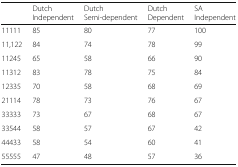
<table><thead><tr><td></td><td><b>Dutch Independent</b></td><td><b>Dutch Semi-dependent</b></td><td><b>Dutch Dependent</b></td><td><b>SA Independent</b></td></tr></thead><tbody><tr><td>11111</td><td>85</td><td>80</td><td>77</td><td>100</td></tr><tr><td>11,122</td><td>84</td><td>74</td><td>78</td><td>99</td></tr><tr><td>11245</td><td>65</td><td>58</td><td>66</td><td>90</td></tr><tr><td>11312</td><td>83</td><td>78</td><td>75</td><td>84</td></tr><tr><td>12335</td><td>70</td><td>58</td><td>68</td><td>69</td></tr><tr><td>21114</td><td>78</td><td>73</td><td>76</td><td>67</td></tr><tr><td>33333</td><td>73</td><td>67</td><td>68</td><td>67</td></tr><tr><td>33544</td><td>58</td><td>57</td><td>67</td><td>42</td></tr><tr><td>44433</td><td>58</td><td>54</td><td>60</td><td>41</td></tr><tr><td>55555</td><td>47</td><td>48</td><td>57</td><td>36</td></tr></tbody></table>